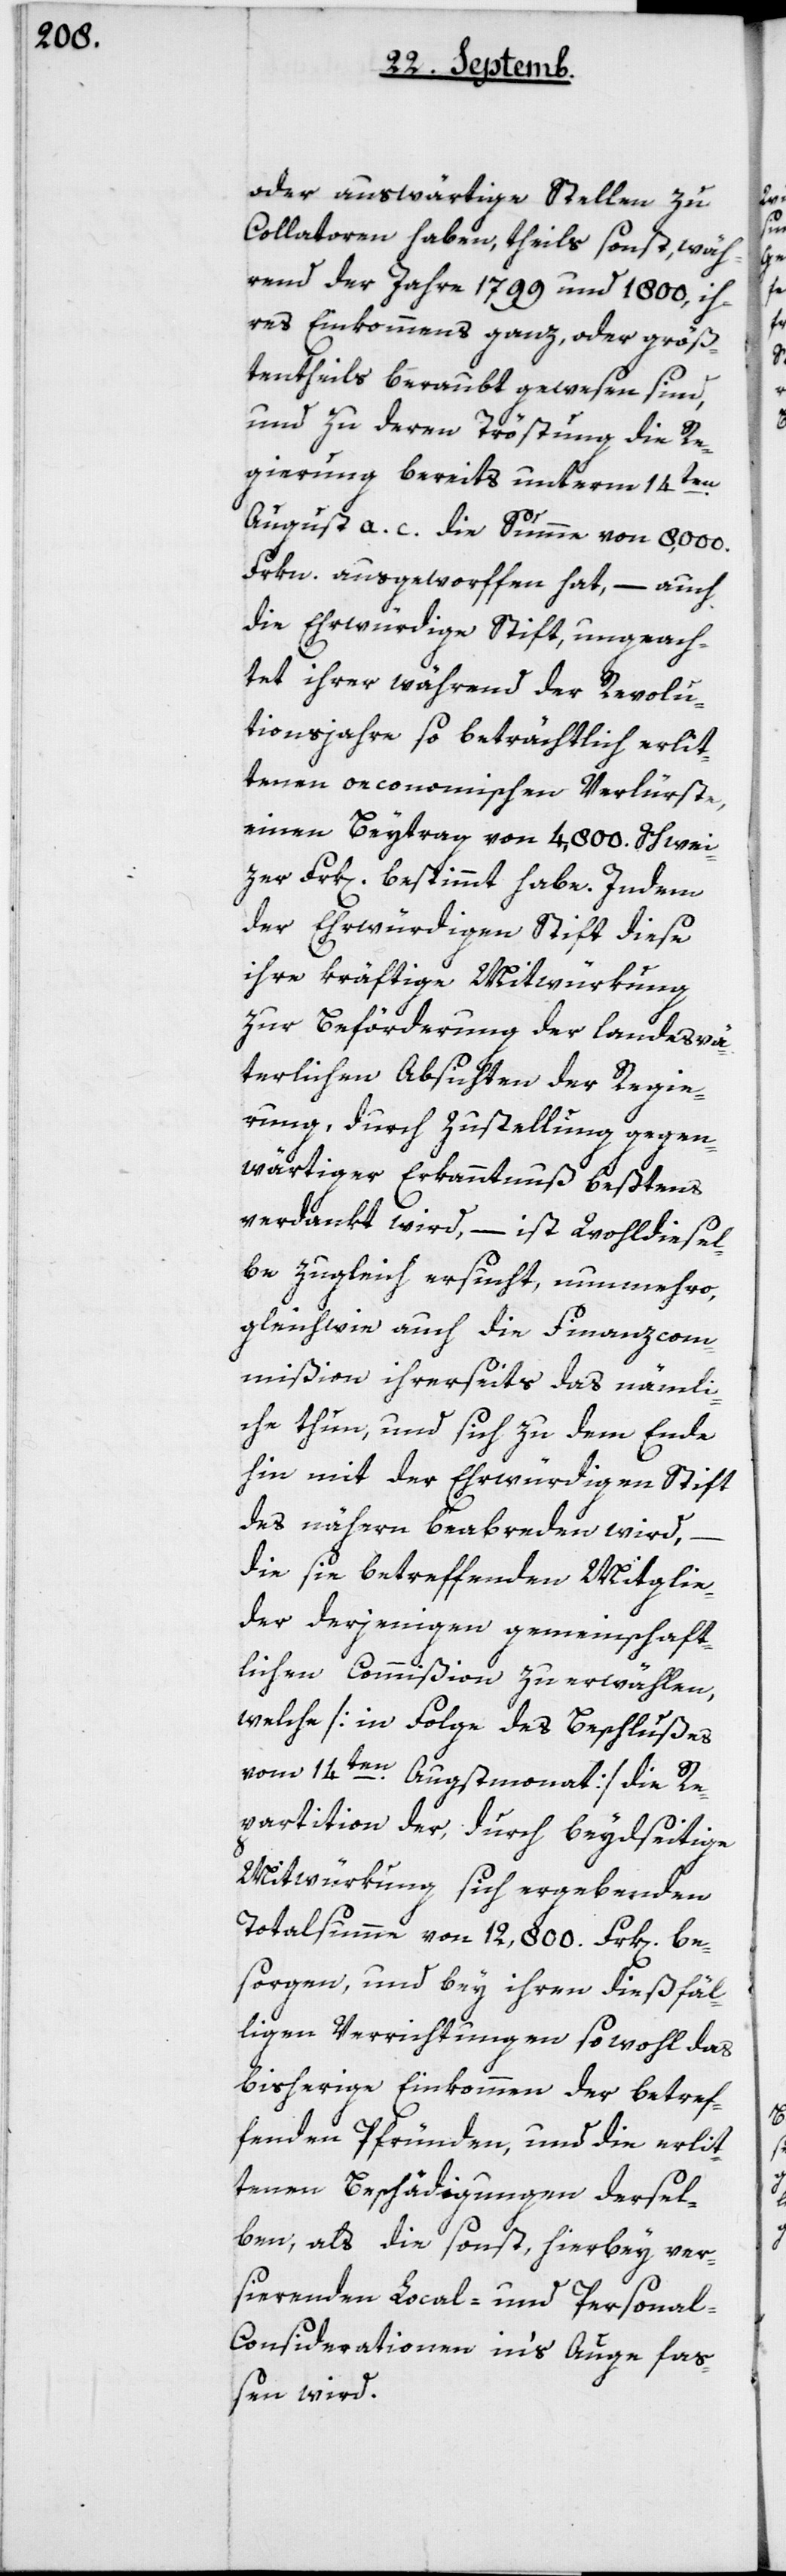
oder auswärtige Stellen zu
Collatoren haben, theils sonst, wäh¬
rend der Jahre 1799 und 1800, ih¬
res Einkommens ganz oder größ¬
tentheils beraubt gewesen sind,
und zu deren Tröstung die Re¬
gierung bereits unterm 14ten
August a.c. die Summe von 8'000
Frkn ausgeworffen hat, – auch
die Ehrwürdige Stift, ungeach¬
tet ihrer während der Revolu¬
tionsjahre so beträchtlich erlit¬
tenen oeconomischen Verlürste,
einen Beytrag von 4'800 Schwei¬
zer Frk. bestimmt habe. Indem
der Ehrwürdigen Stift diese
ihre kräftige Mitwürkung
zur Beförderung der landesvä¬
terlichen Absichten der Regie¬
rung, durch Zustellung gegen¬
wärtiger Erkanntnuß bestens
verdankt wird, – ist wohldiesel¬
be zugleich ersucht, nunmehro,
gleichwie auch die Finanzcom¬
mißion ihrerseits das nämli¬
che thun, und sich zu dem Ende
hin mit der ehrwürdigen Stift
des nähern beabreden wird,
die sie betreffenden Mitglie¬
der derjenigen gemeinschaft¬
lichen Commißion zu erwählen,
welche [in Folge des Beschlußes
vom 14ten Augstmonat] die Re¬
partition der, durch beydseitige
Mitwürkung sich ergebenden
Totalsumme von 12'800 Frk[en] be¬
sorgen, und bey ihren dießfäl¬
ligen Verrichtungen sowohl das
bisherige Einkommen der betref¬
fenden Pfründen, und die erlit¬
tenen Beschädigungen dersel¬
ben, als die sonst, hierbey ver¬
sierenden Local- und Persona¬
l-Considerationen in’s Auge faß¬
en wird.